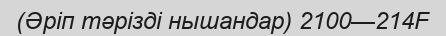
(Әріп тәрізді нышандар) 2100—214F